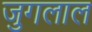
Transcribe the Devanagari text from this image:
जुगलाल